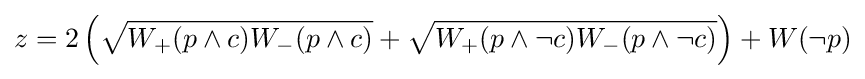
z=2\left({\sqrt {W_{+}(p\wedge c)W_{-}(p\wedge c)}}+{\sqrt {W_{+}(p\wedge \neg c)W_{-}(p\wedge \neg c)}}\right)+W(\neg p)